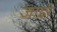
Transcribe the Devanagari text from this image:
जाडो